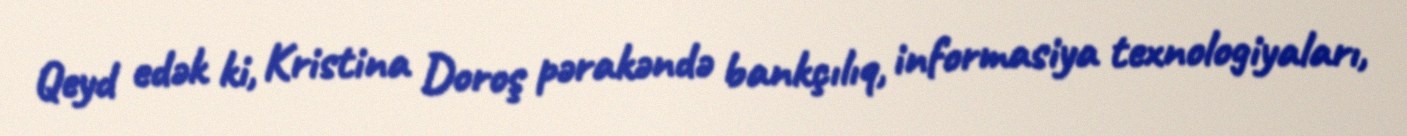
Qeyd edək ki, Kristina Doroş pərakəndə bankçılıq, informasiya texnologiyaları,